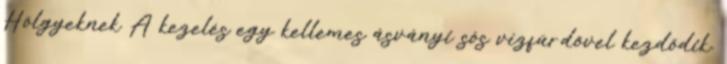
Hölgyeknek A kezelés egy kellemes ásványi sós vízfürdővel kezdődik.